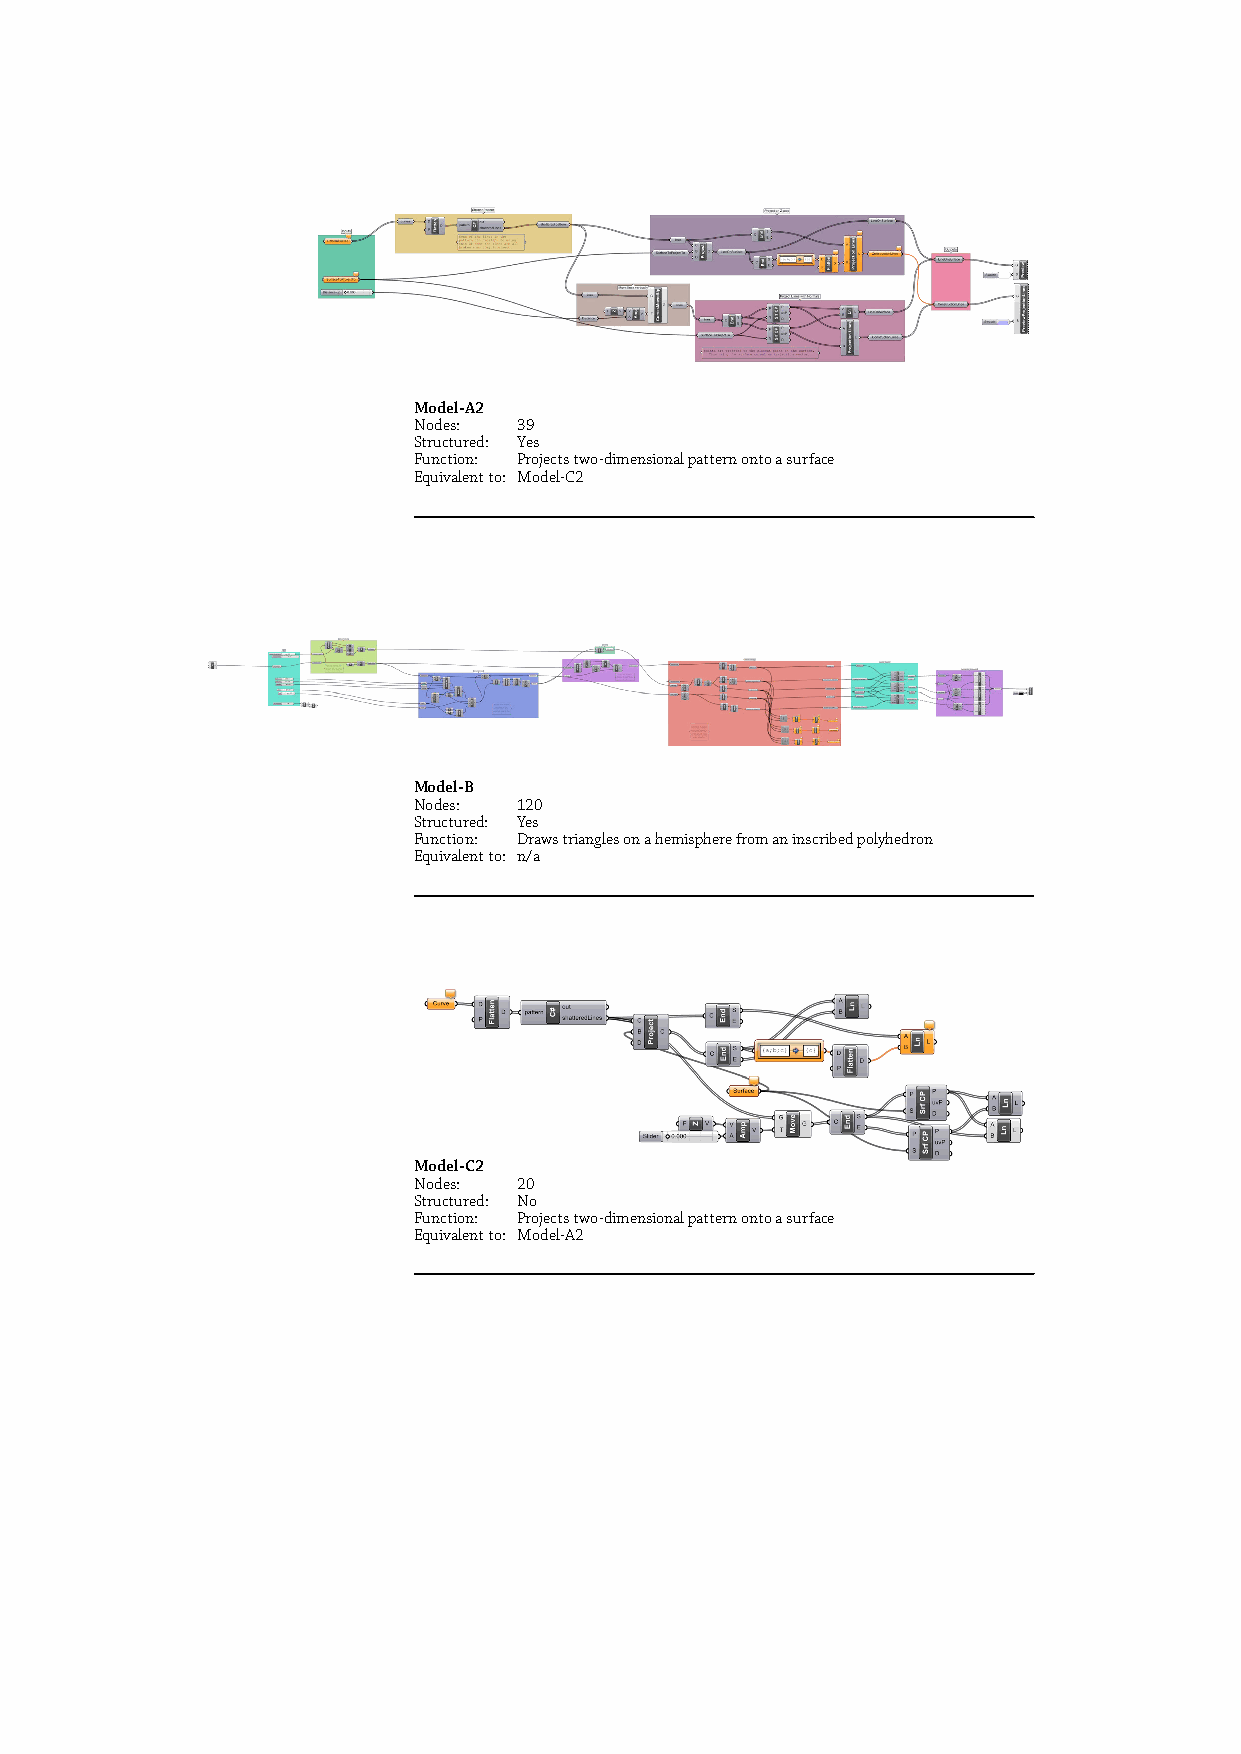
Model-A2
 Nodes: 39
 Structured: Yes
 Function: Projects two-dimensional pattern onto a surface
 Equivalent to: Model-C2
 Model-B
 Nodes: 120
 Structured: Yes
 Function: Draws triangles on a hemisphere from an inscribed polyhedron
 Equivalent to: n/a
 Model-C2
 Nodes: 20
 Structured: No
 Function: Projects two-dimensional pattern onto a surface
 Equivalent to: Model-A2